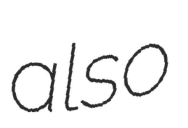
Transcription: also